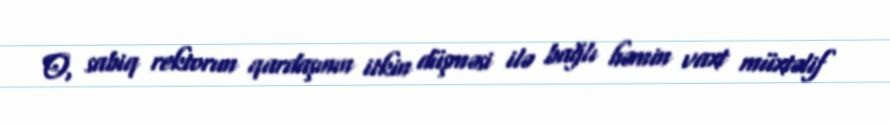
O, sabiq rektorun qardaşının itkin düşməsi ilə bağlı həmin vaxt müxtəlif